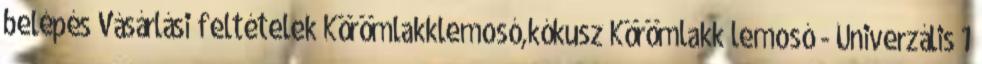
belépés Vásárlási feltételek Körömlakklemosó,kókusz Körömlakk lemosó - Univerzális 1